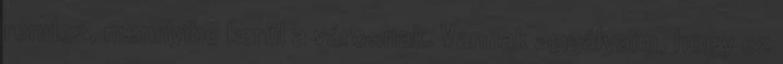
rendez, mennyibe kerül a városnak. Vannak aggályaim, hogy ez